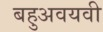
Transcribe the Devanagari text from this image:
बहुअवयवी